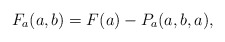
\begin{align*} F_{a}(a,b)=F(a)-P_{a}(a,b,a),\end{align*}